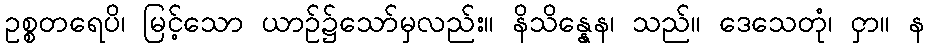
ဥစ္စတရေပိ၊ မြင့်သော ယာဉ်၌သော်မှလည်း။ နိသိန္နေန၊ သည်။ ဒေသေတုံ၊ ငှာ။ န